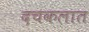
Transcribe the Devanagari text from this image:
दचकलात